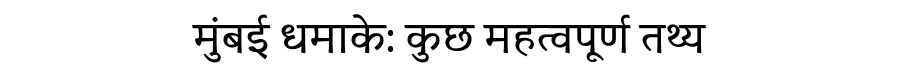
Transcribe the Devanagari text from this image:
मुंबई धमाके: कुछ महत्वपूर्ण तथ्य